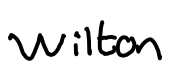
Text: wilton
Cross-out: clean
Writing tool: digital_black